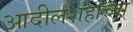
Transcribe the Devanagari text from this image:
आदीलशहाच्या